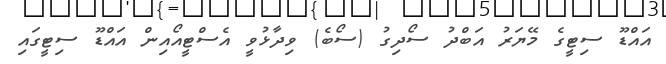
އައްޑޫ ސިޓީގެ މޭޔަރު އަބްދު ސޯދިގު (ސޯބެ) ވިދާޅުވީ އެސްޓީއޯއިން އައްޑޫ ސިޓީގައި